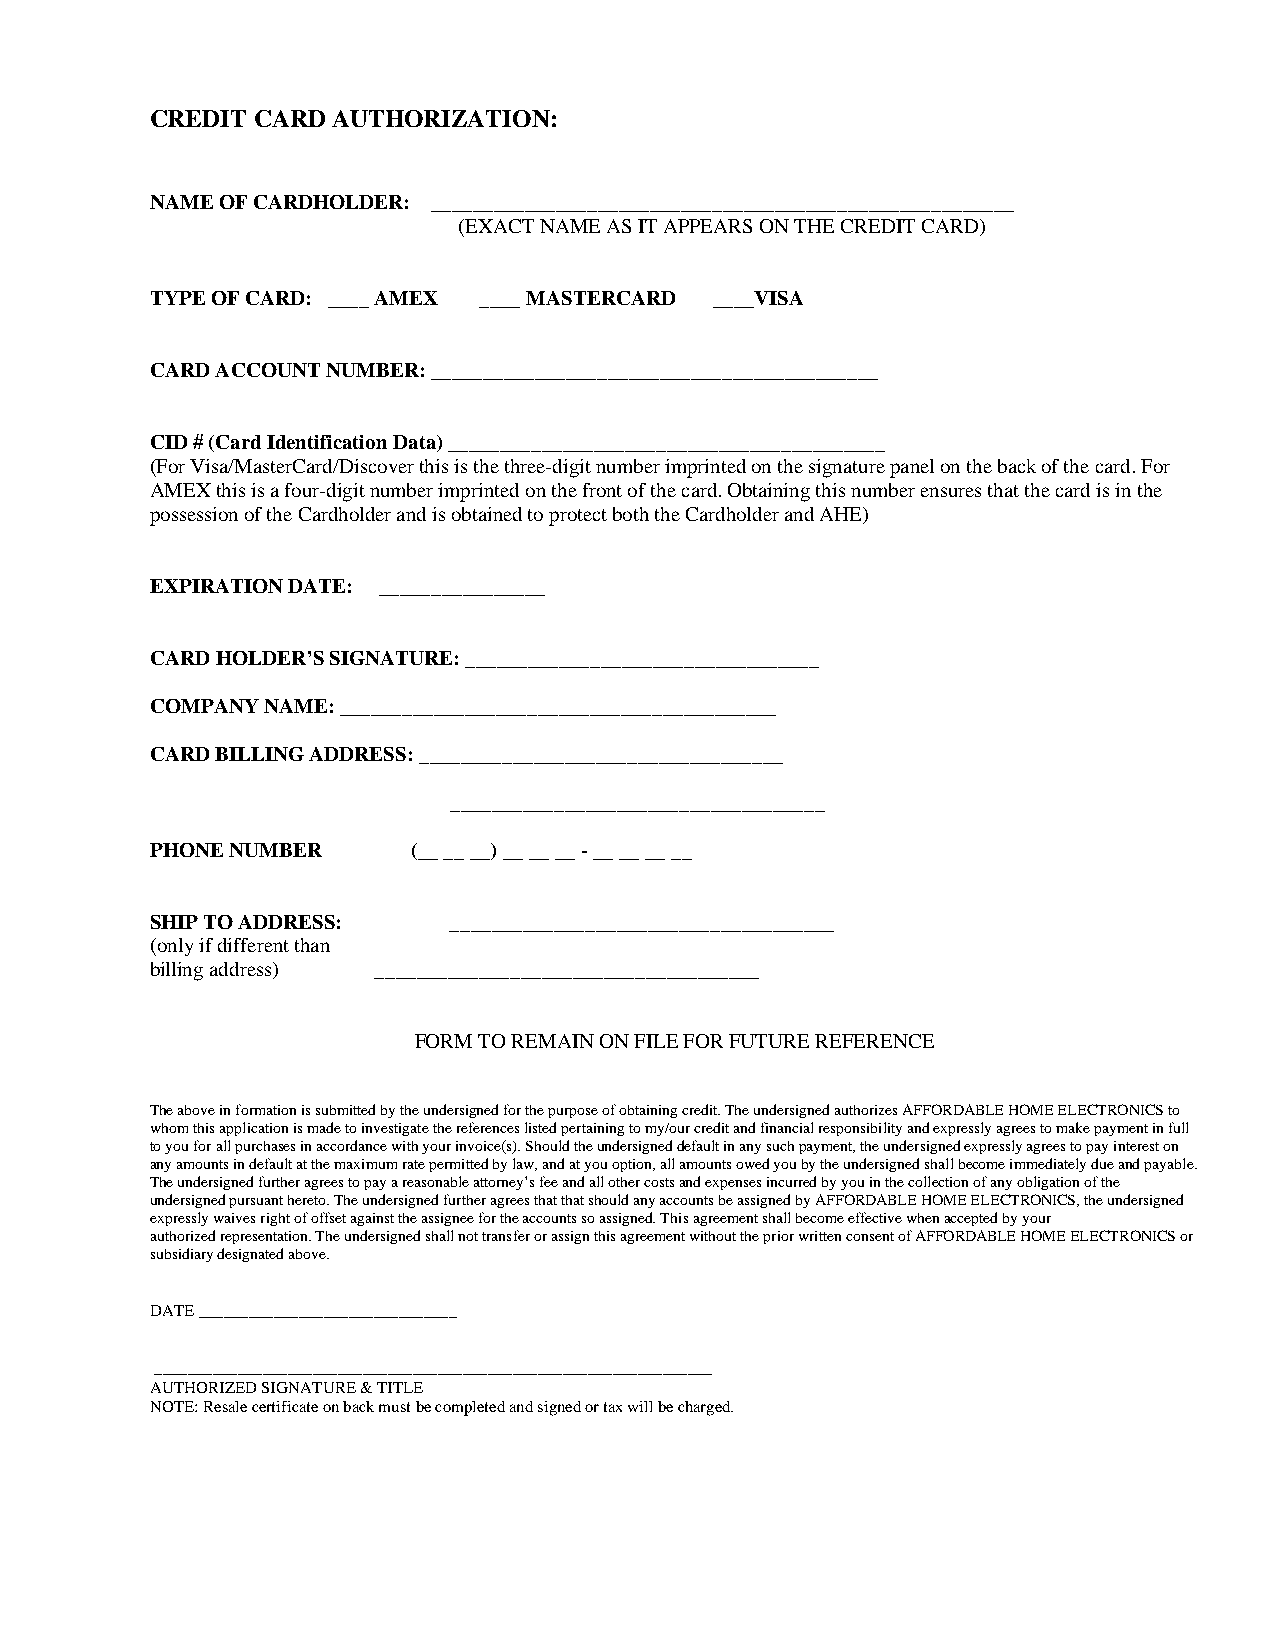
CREDIT CARD AUTHORIZATION:
 NAME OF CARDHOLDER: ________________________________________________________
 (EXACT NAME AS IT APPEARS ON THE CREDIT CARD)
 TYPE OF CARD: ____ AMEX ____ MASTERCARD ____VISA
 CARD ACCOUNT NUMBER: ___________________________________________
 CID # (Card Identification Data) __________________________________________
 (For Visa/MasterCard/Discover this is the three-digit number imprinted on the signature panel on the back of the card. For
 AMEX this is a four-digit number imprinted on the front of the card. Obtaining this number ensures that the card is in the
 possession of the Cardholder and is obtained to protect both the Cardholder and AHE)
 EXPIRATION DATE: ________________
 CARD HOLDER’S SIGNATURE: __________________________________
 COMPANY NAME: __________________________________________
 CARD BILLING ADDRESS: ___________________________________
 ____________________________________
 PHONE NUMBER     (__ __ __) __ __ __ - __ __ __ __
 SHIP TO ADDRESS:    _____________________________________
 (only if different than
 billing address) _____________________________________
 FORM TO REMAIN ON FILE FOR FUTURE REFERENCE
 The above in formation is submitted by the undersigned for the purpose of obtaining credit. The undersigned authorizes AFFORDABLE HOME ELECTRONICS to
 whom this application is made to investigate the references listed pertaining to my/our credit and financial responsibility and expressly agrees to make payment in full
 to you for all purchases in accordance with your invoice(s). Should the undersigned default in any such payment, the undersigned expressly agrees to pay interest on
 any amounts in default at the maximum rate permitted by law, and at you option, all amounts owed you by the undersigned shall become immediately due and payable.
 The undersigned further agrees to pay a reasonable attorney’s fee and all other costs and expenses incurred by you in the collection of any obligation of the
 undersigned pursuant hereto. The undersigned further agrees that that should any accounts be assigned by AFFORDABLE HOME ELECTRONICS, the undersigned
 expressly waives right of offset against the assignee for the accounts so assigned. This agreement shall become effective when accepted by your
 authorized representation. The undersigned shall not transfer or assign this agreement without the prior written consent of AFFORDABLE HOME ELECTRONICS or
 subsidiary designated above.
 DATE _______________________________
 ___________________________________________________________________
 AUTHORIZED SIGNATURE & TITLE
 NOTE: Resale certificate on back must be completed and signed or tax will be charged.